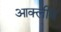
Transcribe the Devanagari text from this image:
आक्लीव